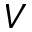
V